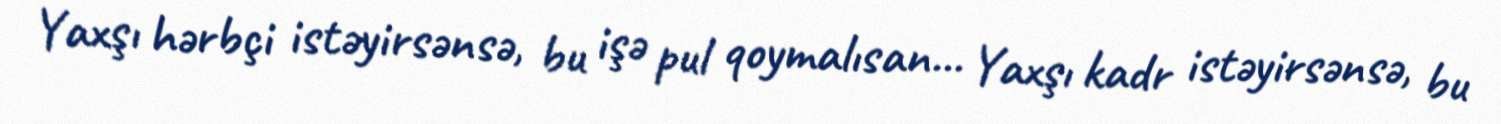
Yaxşı hərbçi istəyirsənsə, bu işə pul qoymalısan... Yaxşı kadr istəyirsənsə, bu